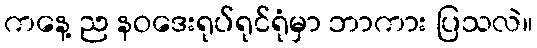
ကနေ့ ည နဝဒေးရုပ်ရုင်ရုံမှာ ဘာကား ပြသလဲ။